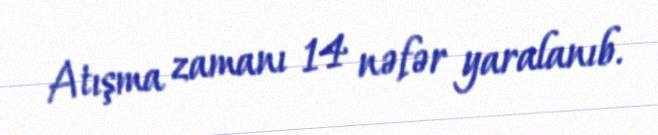
Atışma zamanı 14 nəfər yaralanıb.